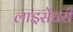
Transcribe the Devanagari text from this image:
लाइसेंधरी